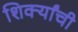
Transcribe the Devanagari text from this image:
शिर्क्यांची